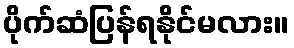
ပိုက်ဆံပြန်ရနိုင်မလား။